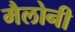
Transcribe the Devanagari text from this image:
मैलोनी